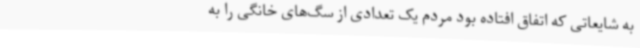
به شایعاتی که اتفاق افتاده بود مردم یک تعدادی از سگ‌های خانگی را به